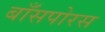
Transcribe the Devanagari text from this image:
बाँसपोरस